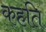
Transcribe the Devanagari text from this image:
कहति